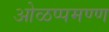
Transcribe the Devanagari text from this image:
ओळप्पमण्ण